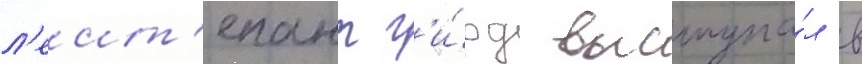
л'еит'енант г'и́рд выступа́л в